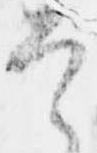
是